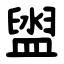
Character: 盥